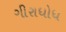
ગીરાધોધ